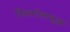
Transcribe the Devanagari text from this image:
निसर्गालासुद्धा